Vabadussoja_Ajaloo_Komitee, lk 120
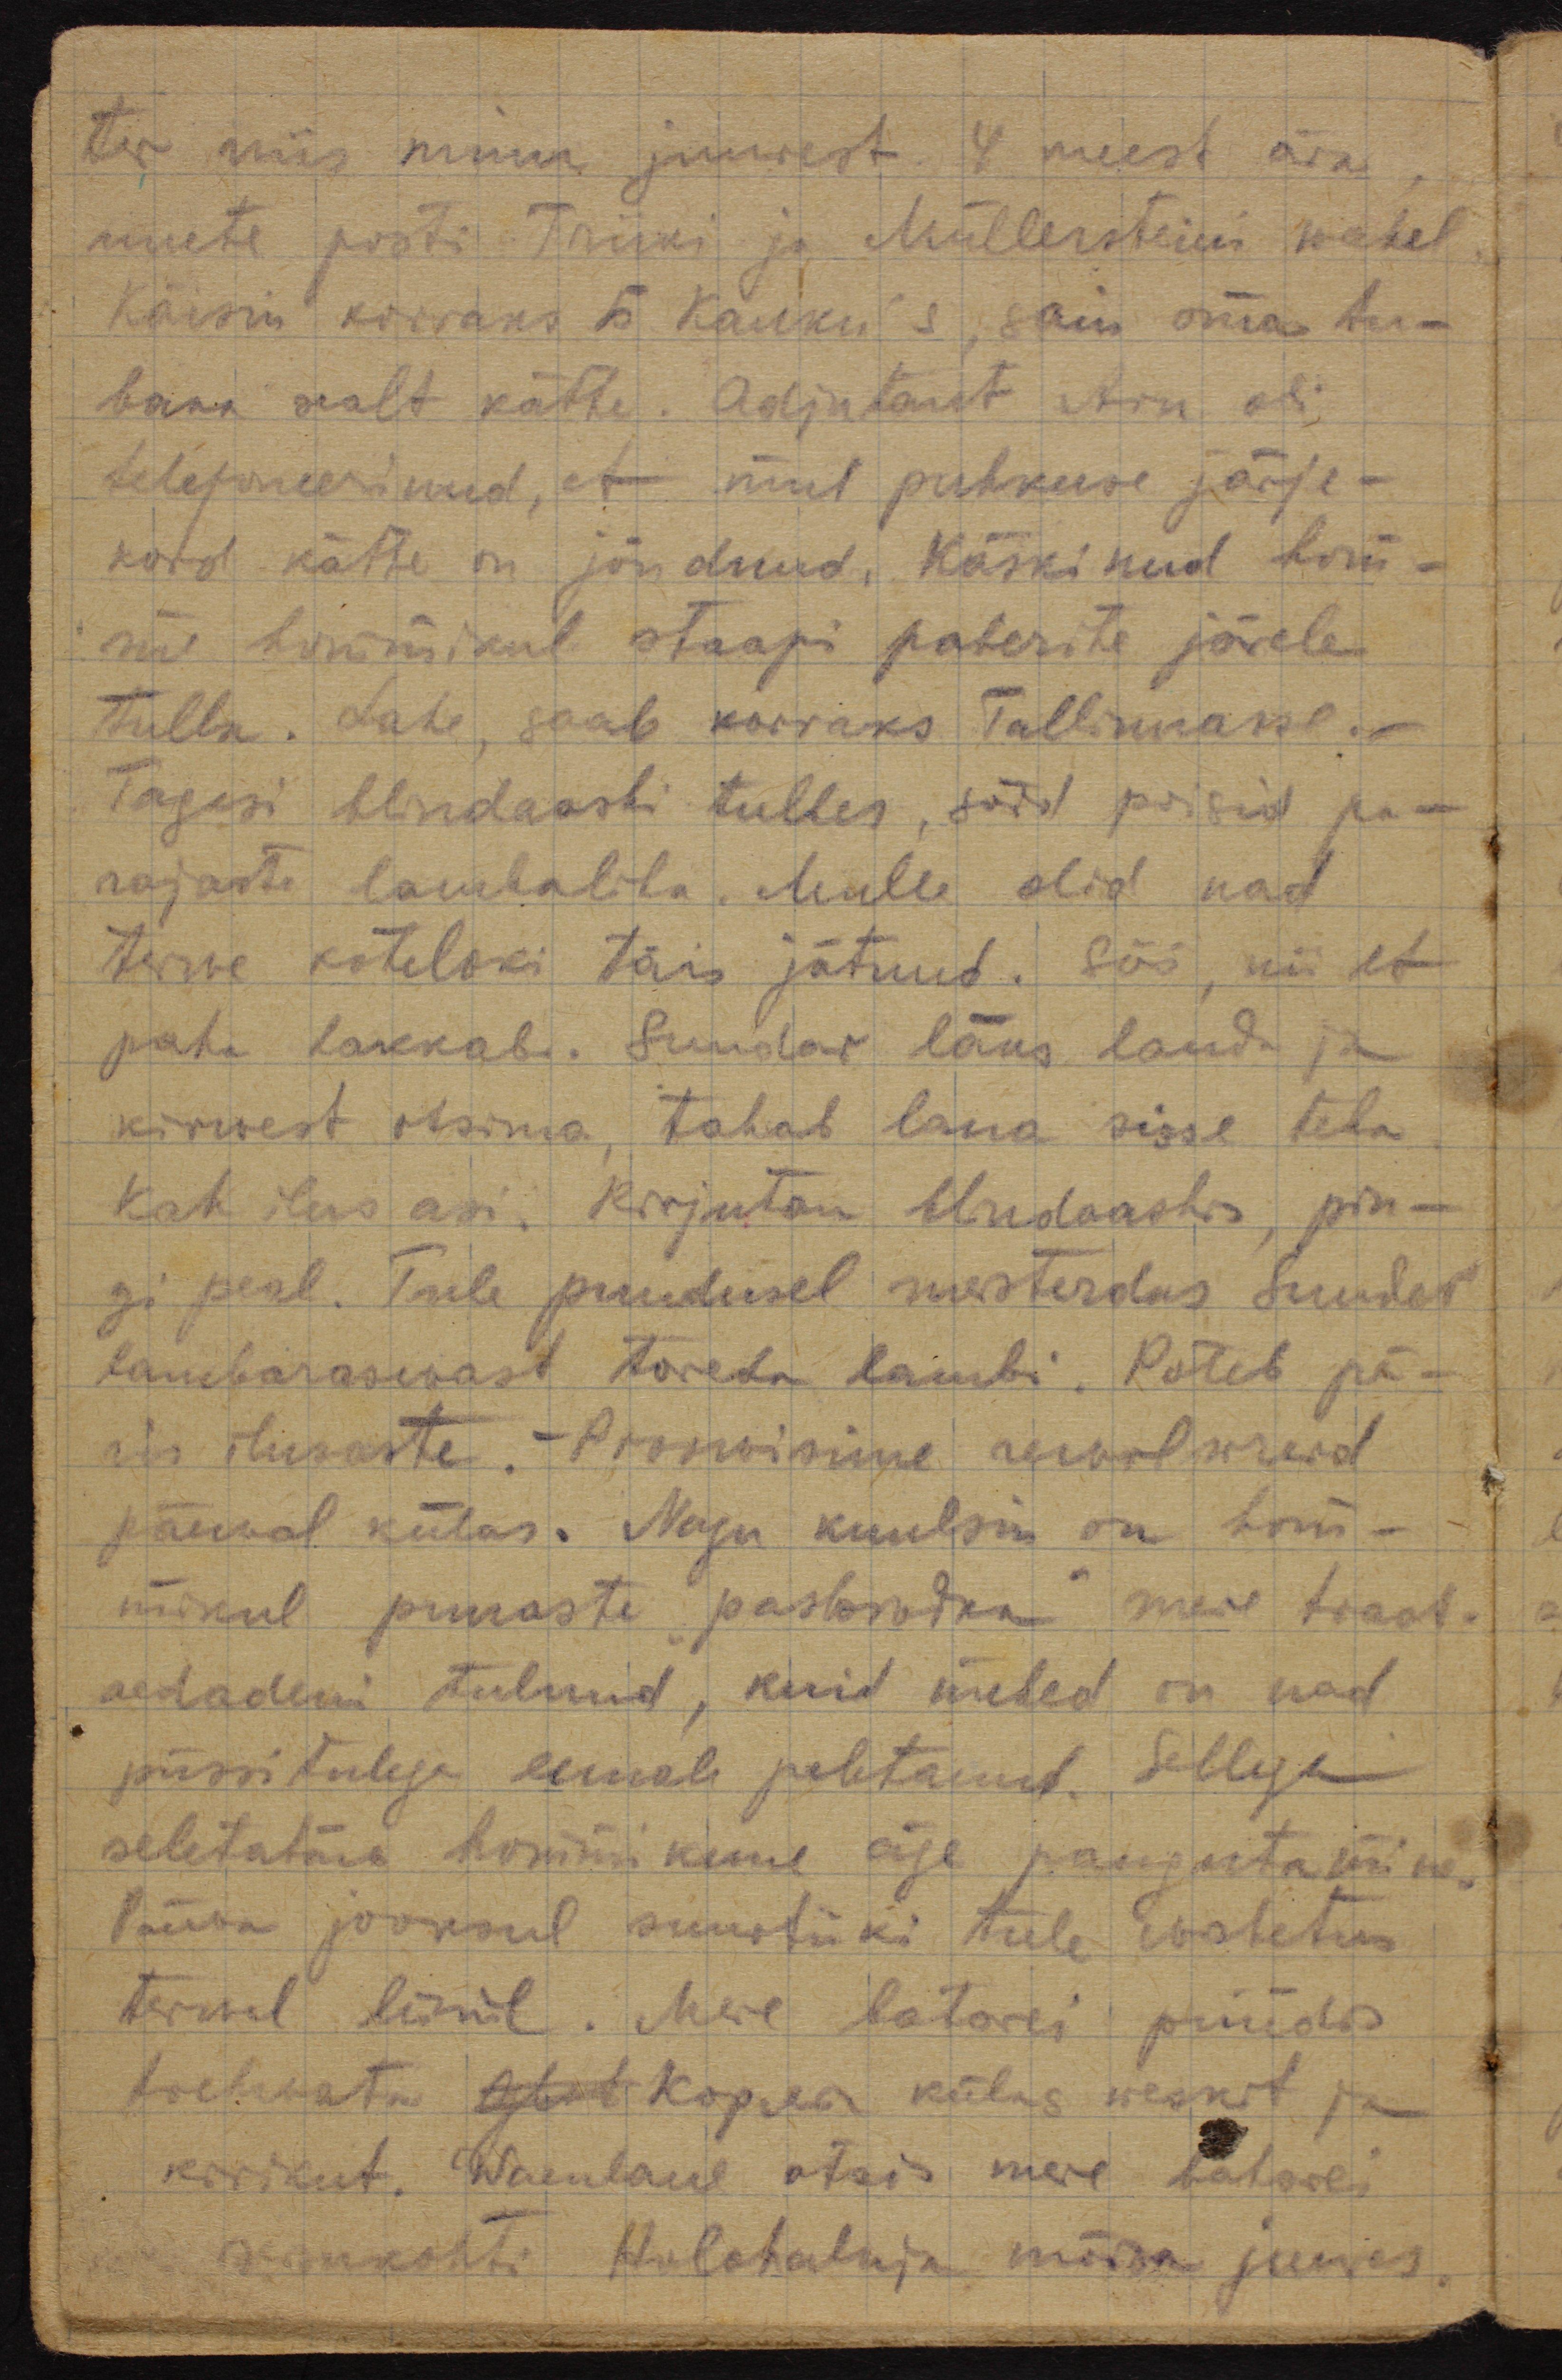
ter wiis minu juurest 4 meest ära,
uuete posti Triiki ja Müllersteini wahel.
Käisin korraks Б. Калки's, sain oma tu-
baka sealt kätte. Adjutant Aru oli
telefoneerinud, et mul puhkuse järje-
kord kätte on jõudnud. Käskinud hom-
me hommikul staapi paberite järele
tulla. Lahe, saab korraks Tallinnasse.
Tagasi blindaashi tulles, sõid poisid pa-
rajasti lambaliha. Mulle olid nad
terwe kateloki täis jätnud. Söö, nii et
paha hakkab. Sundar läks lauda ja
kirwest otsima, tahab laua sisse teha.
Kah ilus asi. Kirjutan blindaashis, pin-
gi peal. Tule puudumisel meisterdas Sunder
lambaraswast toreda lambi. Põleb pä-
ris ilusaste. - Proowisime rewolwreid
päewal külas. Nagu kuulsin on hom-
mikul punaste "разведка" meie traat-
aedadeni tulnud, kuid mehed on nad
püssitulega eemale peletanud. Sellega
seletatama hommikune äge paugutamine.
Päewa jooksul suurtüki tule wahetus
terwel liinil. Meie batarei püüdis
tabada apt Корла külas weskit ja
kirikut. Waenlane otsis meie batarei
seisukohti Holohalnaja mõisa juures.